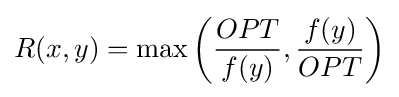
R(x,y)=\max \left({\frac {OPT}{f(y)}},{\frac {f(y)}{OPT}}\right)